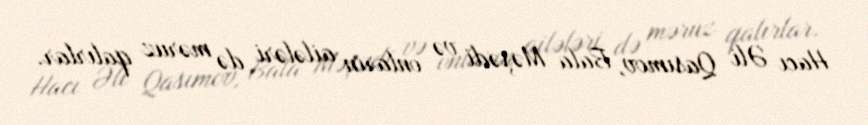
Hacı Əli Qasımov, Bala Məşədi və onların ailələri də məruz qalırlar.